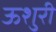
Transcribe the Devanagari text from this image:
ऊशुरी